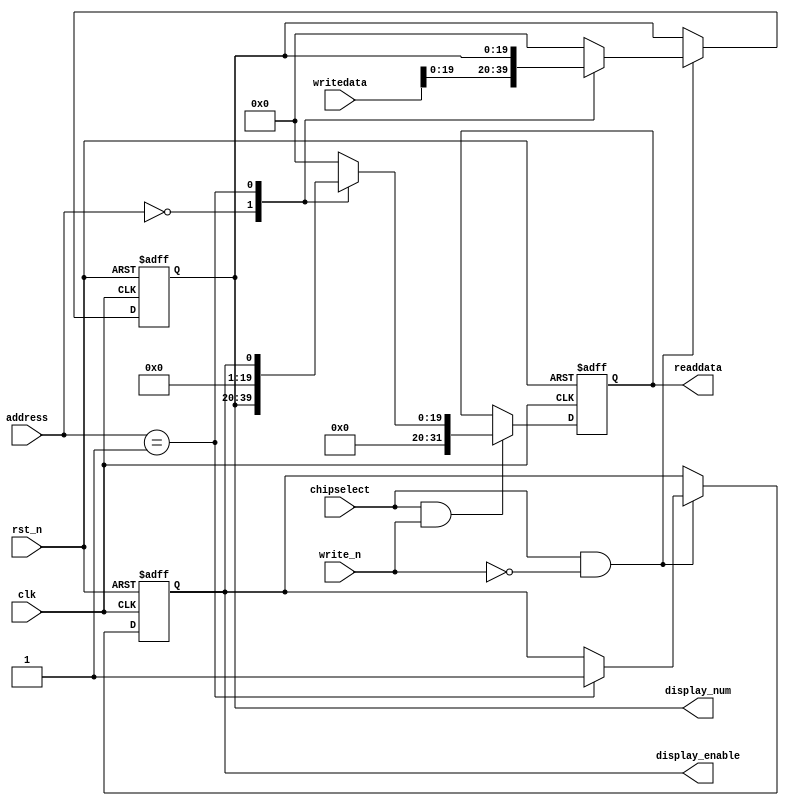
module digital_tube_avalon_slaver(
			input 				clk,		     //
			input 				rst_n,	         //
			
				//Avalon-MM
			input 				chipselect,	     //	
			input 				write_n,		 //
			input [1:0]			address,         //	
			input [31:0] 		writedata,	     //			
			//output irq,	                     //
			output reg [31:0] readdata,	         //,

			output reg   		display_enable,  //
			output reg [19:0] 	display_num			
		);

//-------------------------------------------------
//

//
//	address = 00		bit31-20:bit19-0:999999
//	address = 01		bit31-1:bit0:


//-------------------------------------------------
//

always @(posedge clk or negedge rst_n)
begin
	if (!rst_n) 
		begin
			display_num <= 20'h00000;
			display_enable <= 1'b0;
		end
		
	else if(chipselect && !write_n) 
		begin
			case(address)
				2'b00: display_num <= writedata[19:0];
				2'b01: display_enable <= 1'b1;
				default:display_num<=20'b0;
			endcase
		end	
end

//-------------------------------------------------
//

always @(posedge clk or negedge rst_n)
begin
	if(!rst_n) 
		readdata <= 32'd0;
		
	else if(chipselect && write_n) 
		begin
			case(address)
				2'b00: readdata <= {12'd0,display_num[19:0]};
				2'b01: readdata <= {31'd0,display_enable};
				default: readdata <= 32'd0;
			endcase
		end
end	

endmodule